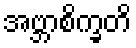
အဗ္ဘာစိက္ခတိ